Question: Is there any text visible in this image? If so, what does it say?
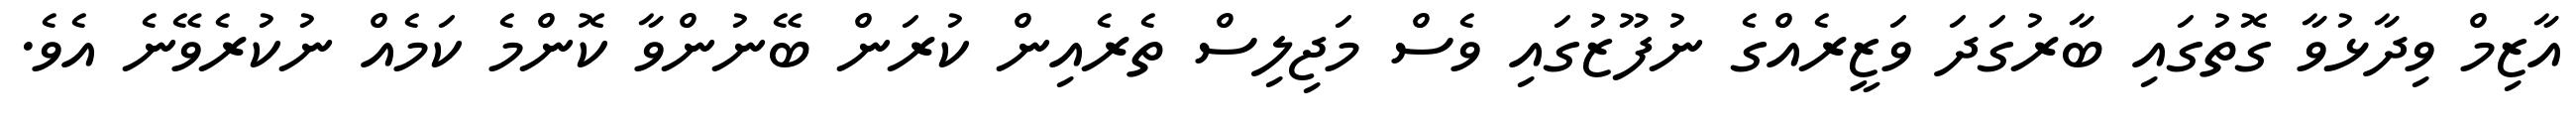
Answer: އާޒިމް ވިދާޅުވާ ގޮތުގައި ބާރުގަދަ ވަޒީރެއްގެ ނުފޫޒުގައި ވެސް މަޖިލިސް ތެރެއިން ކުރަން ބޭނުންވާ ކޮންމެ ކަމެއް ނުކުރެވޭނެ އެވެ.